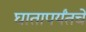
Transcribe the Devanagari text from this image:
घातापर्यंतचे